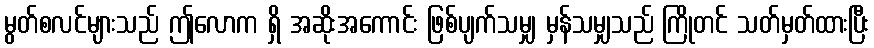
မွတ်စလင်များသည် ဤလောက ရှိ အဆိုးအကောင်း ဖြစ်ပျက်သမျှ မှန်သမျှသည် ကြိုတင် သတ်မှတ်ထားပြီး